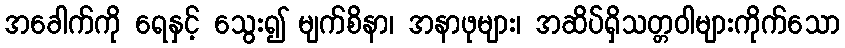
အခေါက်ကို ရေနှင့် သွေး၍ မျက်စိနာ၊ အနာဖုများ၊ အဆိပ်ရှိသတ္တဝါများကိုက်သော